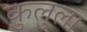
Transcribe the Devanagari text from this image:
कुलुला